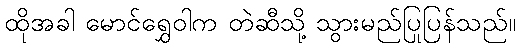
ထိုအခါ မောင်ရွှေဝါက တဲဆီသို့ သွားမည်ပြုပြန်သည်။